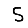
Digit: 5